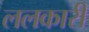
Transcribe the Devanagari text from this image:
ललकारी